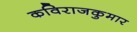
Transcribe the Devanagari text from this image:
कविराजकुमार